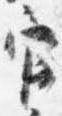
官